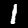
Digit: 1